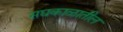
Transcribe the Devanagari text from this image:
सद्यकाळातील